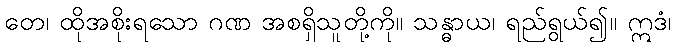
တေ၊ ထိုအစိုးရသော ဂဏ အစရှိသူတို့ကို။ သန္ဓာယ၊ ရည်ရွယ်၍။ ဣဒံ၊